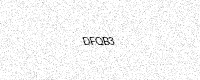
Text: DFQB3